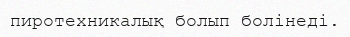
пиротехникалық болып болінеді.